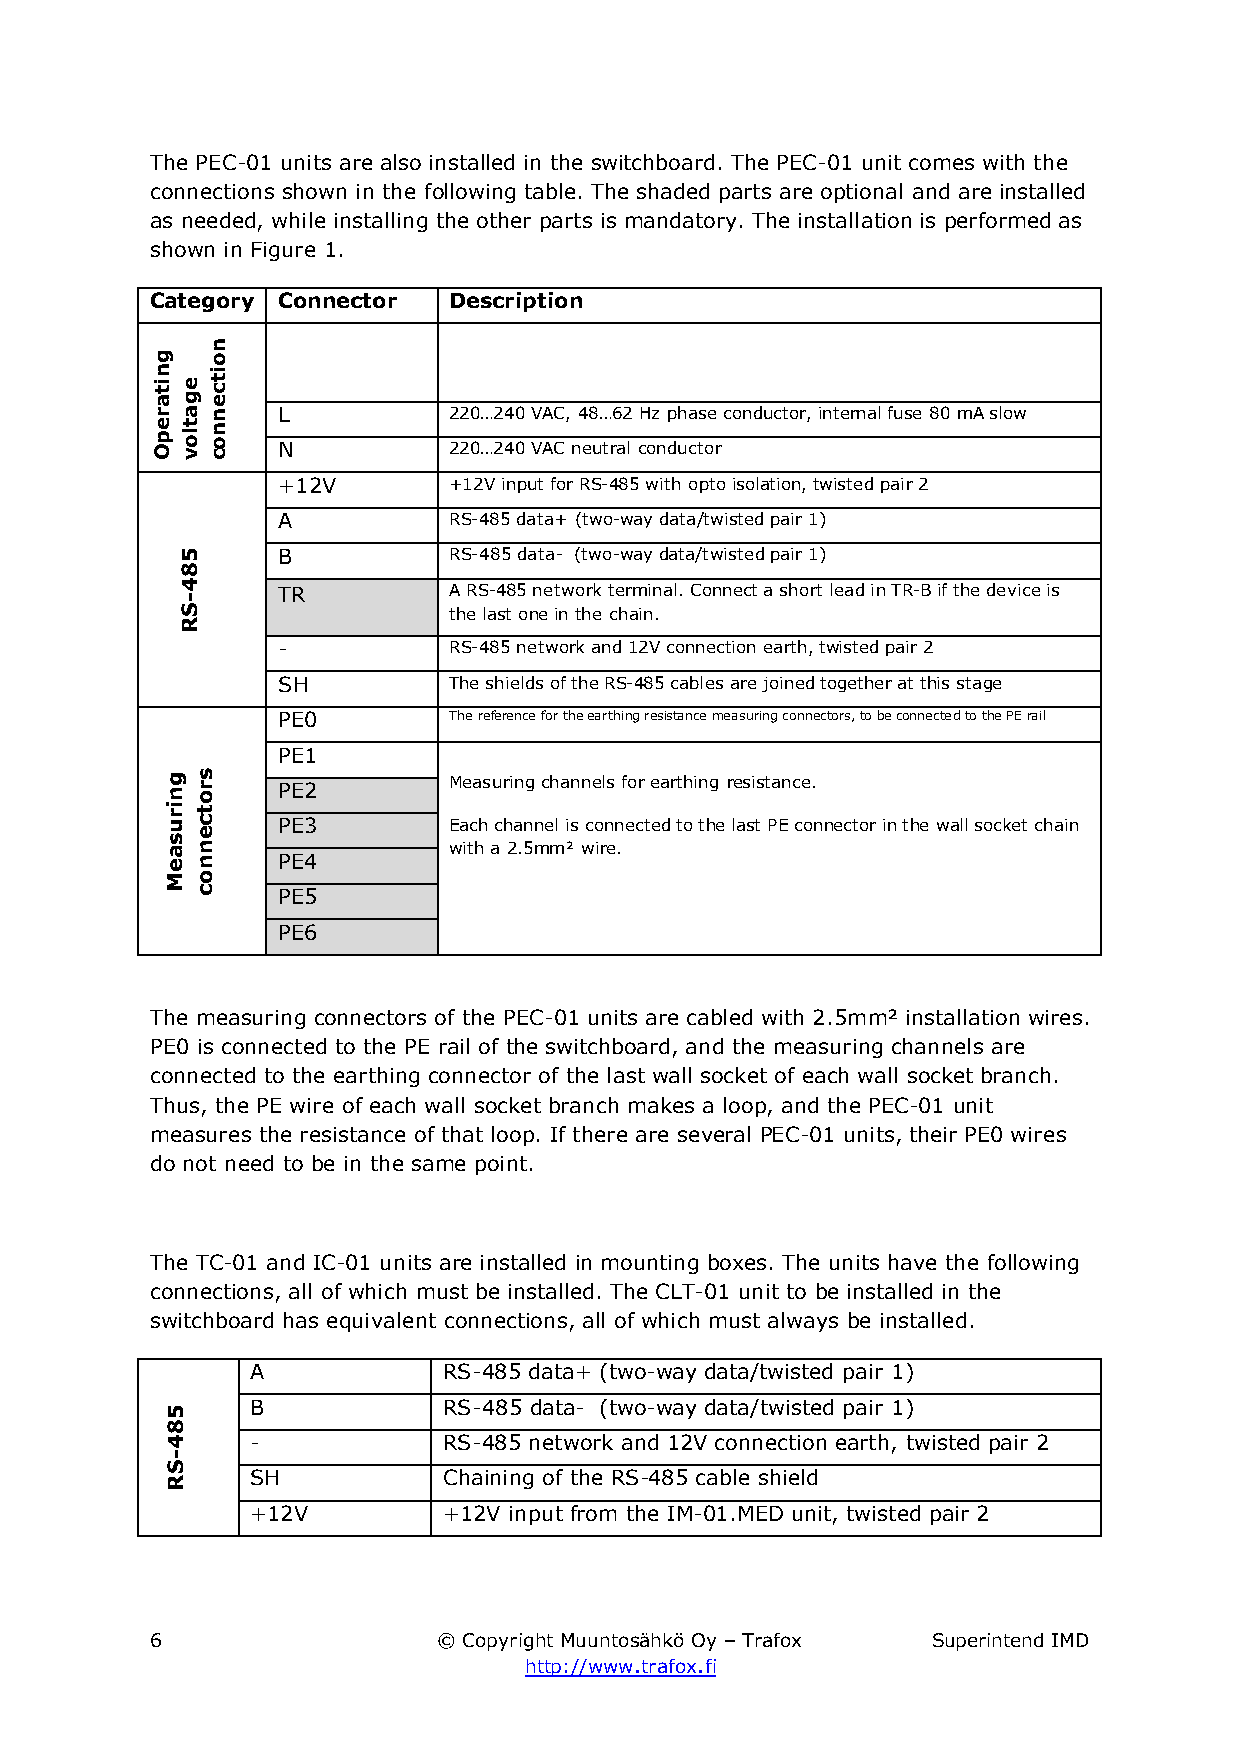
The PEC-01 units are also installed in the switchboard. The PEC-01 unit comes with the
 connections shown in the following table. The shaded parts are optional and are installed
 as needed, while installing the other parts is mandatory. The installation is performed as
 shown in Figure 1.
 Category Connector  Description
 L           220…240 VAC, 48…62 Hz phase conductor, internal fuse 80 mA slow
 N           220…240 VAC neutral conductor
 +12V        +12V input for RS-485 with opto isolation, twisted pair 2
 A           RS-485 data+ (two-way data/twisted pair 1)
 B           RS-485 data- (two-way data/twisted pair 1)
 TR          A RS-485 network terminal. Connect a short lead in TR-B if the device is
 the last one in the chain.
 -           RS-485 network and 12V connection earth, twisted pair 2
 SH          The shields of the RS-485 cables are joined together at this stage
 PE0         The reference for the earthing resistance measuring connectors, to be connected to the PE rail
 PE1
 Measuring channels for earthing resistance.
 PE2
 PE3         Each channel is connected to the last PE connector in the wall socket chain
 with a 2.5mm² wire.
 PE4
 PE5
 PE6
 The measuring connectors of the PEC-01 units are cabled with 2.5mm² installation wires.
 PE0 is connected to the PE rail of the switchboard, and the measuring channels are
 connected to the earthing connector of the last wall socket of each wall socket branch.
 Thus, the PE wire of each wall socket branch makes a loop, and the PEC-01 unit
 measures the resistance of that loop. If there are several PEC-01 units, their PE0 wires
 do not need to be in the same point.
 The TC-01 and IC-01 units are installed in mounting boxes. The units have the following
 connections, all of which must be installed. The CLT-01 unit to be installed in the
 switchboard has equivalent connections, all of which must always be installed.
 A           RS-485 data+ (two-way data/twisted pair 1)
 B           RS-485 data- (two-way data/twisted pair 1)
 -           RS-485 network and 12V connection earth, twisted pair 2
 SH          Chaining of the RS-485 cable shield
 +12V        +12V input from the IM-01.MED unit, twisted pair 2
 6                  © Copyright Muuntosähkö Oy – Trafox Superintend IMD
 http://www.trafox.fi
 gnitarepO
 gnirusaeM
 584-SR
 egatlov
 584-SR
 srotcennoc
 noitcennoc